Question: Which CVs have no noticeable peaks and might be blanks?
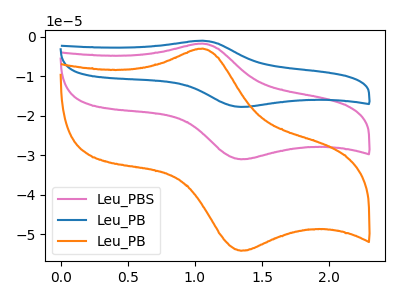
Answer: <think>The pink curve "Leu_PBS" has an anodic peak at (1.05V, -1.70uA) and a cathodic peak at (1.35V, -31.00uA). The blue curve "Leu_PB" has an anodic peak at (1.05V, -3.40uA) and a cathodic peak at (1.35V, -61.95uA). The orange curve "Leu_PB" has an anodic peak at (1.05V, -3.00uA) and a cathodic peak at (1.35V, -54.10uA).</think>
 <answer>There are not any CV's on this graph that are likely to be blanks.</answer>
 <eval>none</eval>